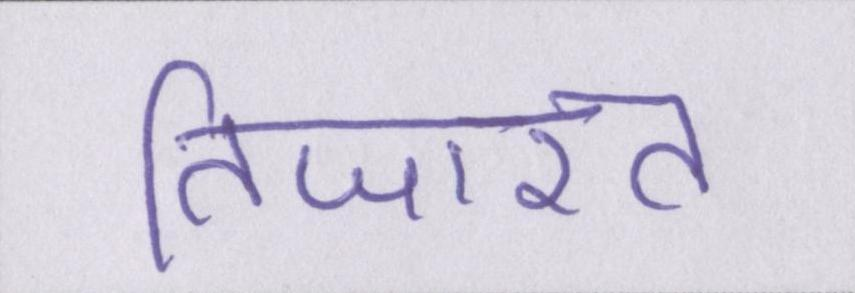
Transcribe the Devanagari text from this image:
तिजारत